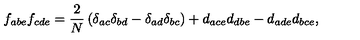
f _ { a b e } f _ { c d e } = \frac { 2 } { N } \left( \delta _ { a c } \delta _ { b d } - \delta _ { a d } \delta _ { b c } \right) + d _ { a c e } d _ { d b e } - d _ { a d e } d _ { b c e } ,